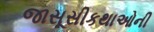
જાસૂસીકથાઓની